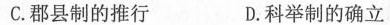
C.郡县制的推行 D.科举制的确立